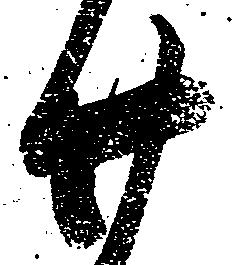
廿